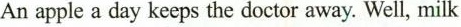
An apple a day keeps the doctor away. Well, milk